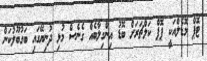
ޓޮޕް މޮޑެލްއަކީ ޕޮޕް ކަލްޗަރަށް ބޮޑު އިންގިލާބެއް ގެނެސް މުޅި ދުނިޔޭގައި ބަގުބޫލުކަން